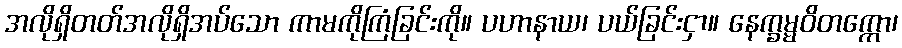
အလိုရှိတတ်အလိုရှိအပ်သော ကာမကိုကြံခြင်းကို။ ပဟာနာယ၊ ပယ်ခြင်းငှာ။ နေက္ခမ္မဝိတက္ကော၊